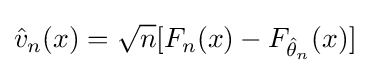
{\hat {v}}_{n}(x)={\sqrt {n}}[F_{n}(x)-F_{{\hat {\theta }}_{n}}(x)]